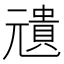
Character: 𠒺